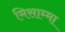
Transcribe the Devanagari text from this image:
मिसाम्मा